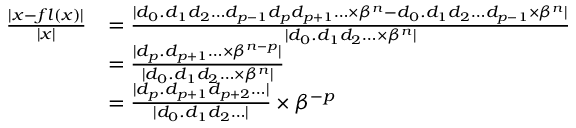
{ \begin{array} { r l } { { \frac { | x - f l ( x ) | } { | x | } } } & { = { \frac { | d _ { 0 } . d _ { 1 } d _ { 2 } \ldots d _ { p - 1 } d _ { p } d _ { p + 1 } \ldots \times \beta ^ { n } - d _ { 0 } . d _ { 1 } d _ { 2 } \ldots d _ { p - 1 } \times \beta ^ { n } | } { | d _ { 0 } . d _ { 1 } d _ { 2 } \ldots \times \beta ^ { n } | } } } \\ & { = { \frac { | d _ { p } . d _ { p + 1 } \ldots \times \beta ^ { n - p } | } { | d _ { 0 } . d _ { 1 } d _ { 2 } \ldots \times \beta ^ { n } | } } } \\ & { = { \frac { | d _ { p } . d _ { p + 1 } d _ { p + 2 } \ldots | } { | d _ { 0 } . d _ { 1 } d _ { 2 } \ldots | } } \times \beta ^ { - p } } \end{array} }